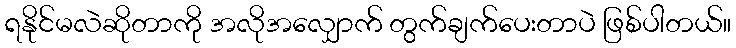
ရနိုင်မလဲဆိုတာကို အလိုအလျှောက် တွက်ချက်ပေးတာပဲ ဖြစ်ပါတယ်။